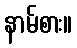
နာမ်စား။